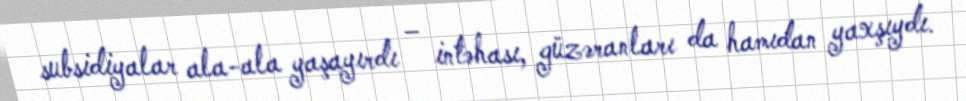
subsidiyalar ala-ala yaşayırdı – intəhası, güzəranları da hamıdan yaxşıydı.